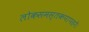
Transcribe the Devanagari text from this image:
लोकसमस्तकपापहरे।